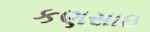
કણસાઇ